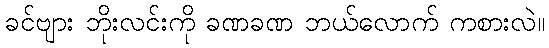
ခင်ဗျား ဘိုးလင်းကို ခဏခဏ ဘယ်လောက် ကစားလဲ။